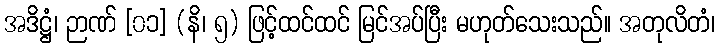
အဒိဋ္ဌံ၊ ဉာဏ် [၀၁] (နိ၊ ၅) ဖြင့်ထင်ထင် မြင်အပ်ပြီး မဟုတ်သေးသည်။ အတုလိတံ၊